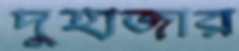
দুহাজার